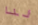
لنا